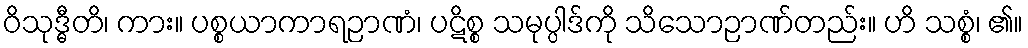
ဝိသုဒ္ဓီတိ၊ ကား။ ပစ္စယာကာရဉာဏံ၊ ပဋိစ္စ သမုပ္ပါဒ်ကို သိသောဉာဏ်တည်း။ ဟိ သစ္စံ၊ ၏။